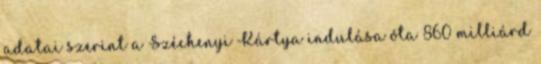
adatai szerint a Széchenyi Kártya indulása óta 860 milliárd